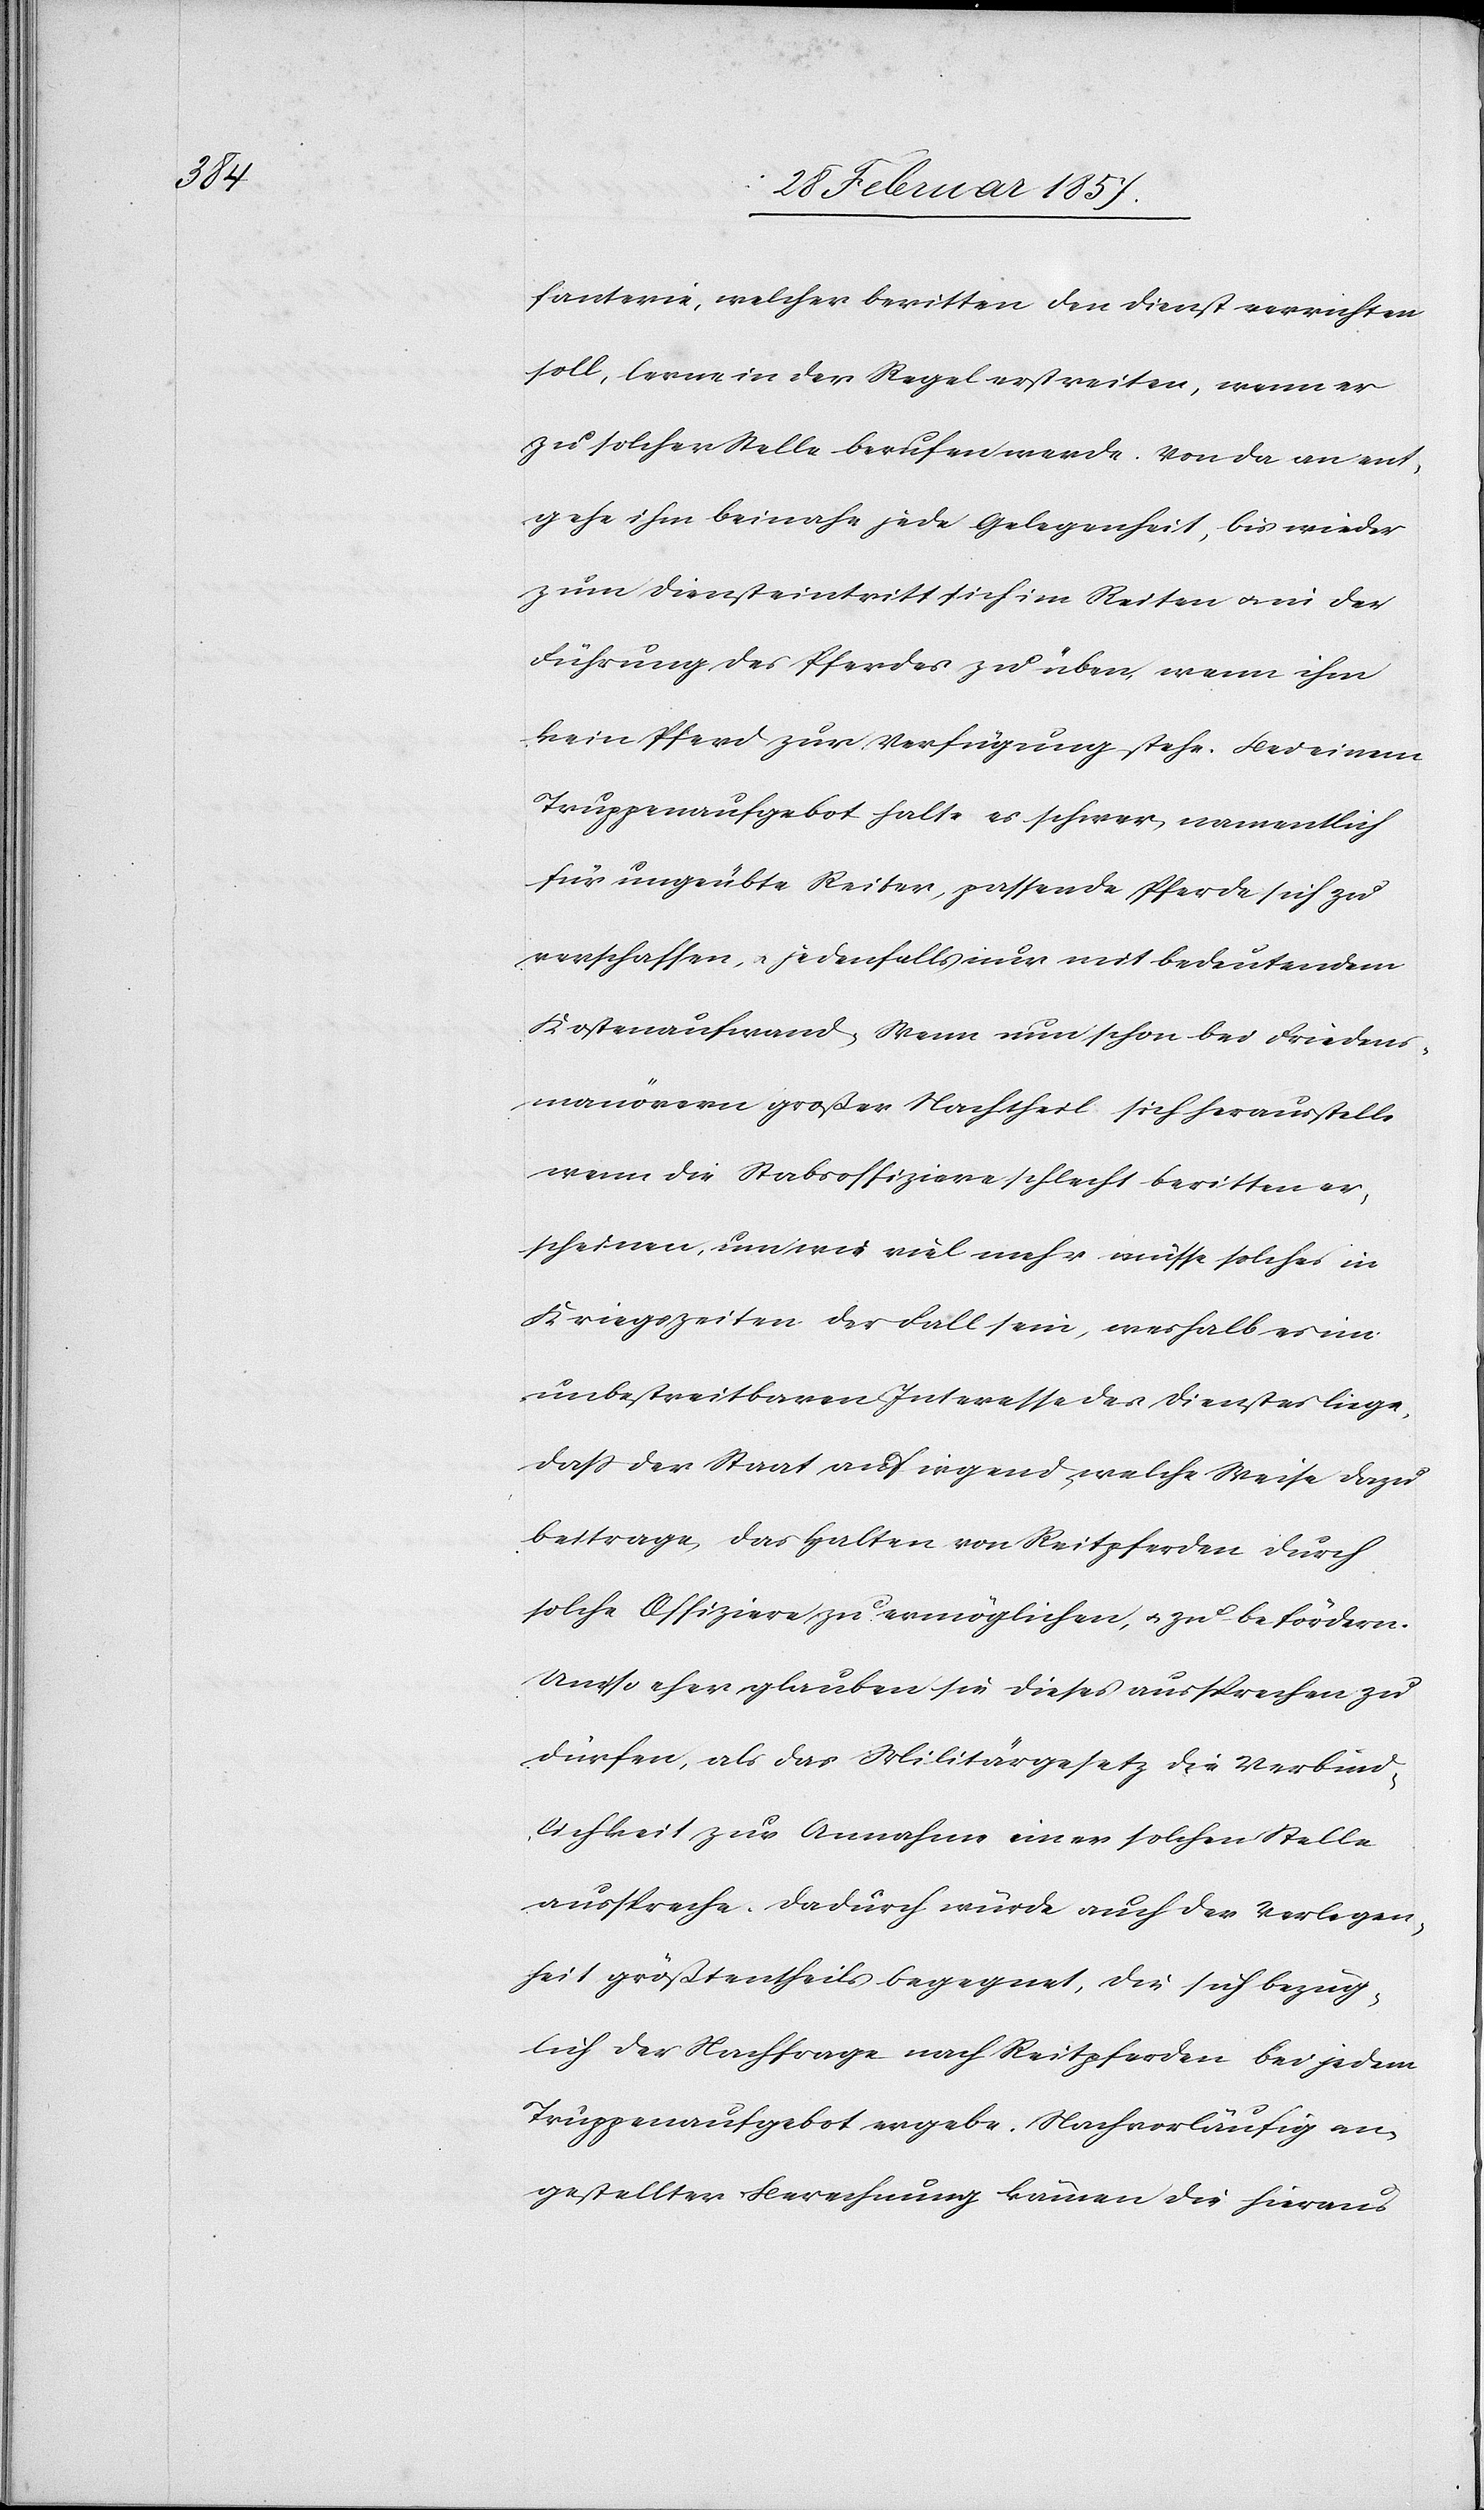
fanterie, welcher beritten den Dienst verrichten
soll, lerne in der Regel erst reiten, wenn er
zu solcher Stelle berufen werde. Von da an ent¬
gehe ihm beinahe jede Gelegenheit, bis wieder
zum Diensteintritt sich im Reiten u. in der
Führung des Pferdes zu üben, wenn ihm
kein Pferd zur Verfügung stehe. Bei einem
Truppenaufgebot halte es schwer, namentlich
für ungeübte Reiter, passende Pferde sich zu
verschaffen, u. jedenfalls nur mit bedeutendem
Kostenaufwand. Wenn nun schon bei Friedens¬
manövern großer Nachtheil sich herausstelle
wenn die Stabsoffiziere schlecht beritten er¬
scheinen, um wie viel mehr müsse solches in
Kriegszeiten der Fall sein, weshalb es im
unbestreitbaren Interesse des Dienstes liege,
daß der Staat auf irgendwelche Weise dazu
beitrage, das Halten von Reitpferden durch
solche Offiziere zu ermöglichen, u. zu befördern.
Um so eher glauben sie dieses aussprechen zu
dürfen, als das Militärgesetz die Verbind¬
lichkeit zur Annahme einer solchen Stelle
ausspreche. Dadurch würde auch der Verlegen¬
heit größtentheils begegnet, die sich bezüg¬
lich der Nachfrage nach Reitpferden bei jedem
Truppenaufgebot ergeben. Nach vorläufig an¬
gestellter Berechnung kämen die hieraus